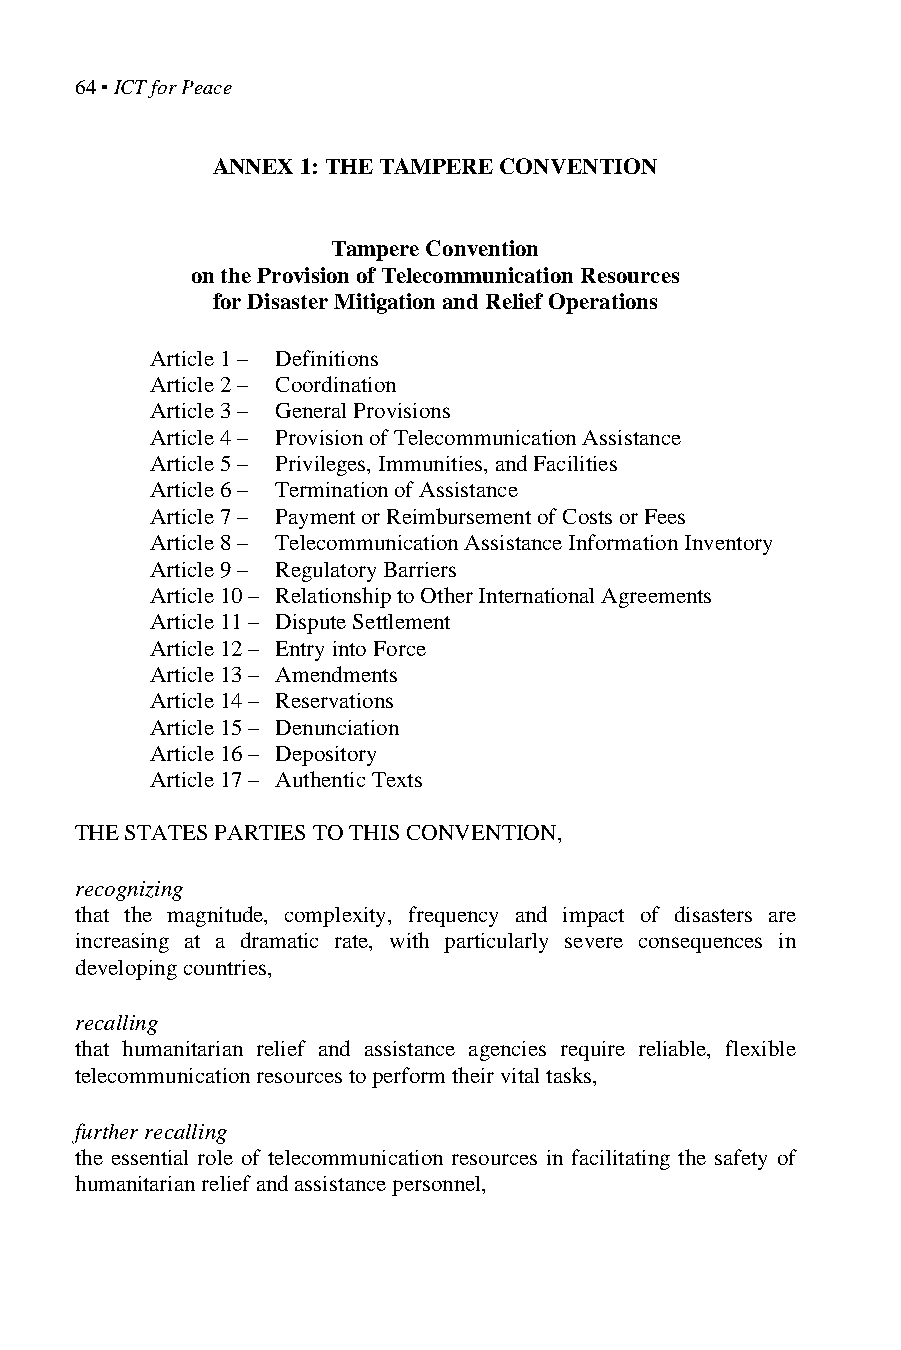
64 ▪ ICT for Peace
 ANNEX 1: THE TAMPERE CONVENTION
 Tampere Convention
 on the Provision of Telecommunication Resources
 for Disaster Mitigation and Relief Operations
 Article 1 – Definitions
 Article 2 – Coordination
 Article 3 – General Provisions
 Article 4 – Provision of Telecommunication Assistance
 Article 5 – Privileges, Immunities, and Facilities
 Article 6 – Termination of Assistance
 Article 7 – Payment or Reimbursement of Costs or Fees
 Article 8 – Telecommunication Assistance Information Inventory
 Article 9 – Regulatory Barriers
 Article 10 – Relationship to Other International Agreements
 Article 11 – Dispute Settlement
 Article 12 – Entry into Force
 Article 13 – Amendments
 Article 14 – Reservations
 Article 15 – Denunciation
 Article 16 – Depository
 Article 17 – Authentic Texts
 THE STATES PARTIES TO THIS CONVENTION,
 recognizing
 that the magnitude, complexity, frequency and impact of disasters are
 increasing at a dramatic rate, with particularly severe consequences in
 developing countries,
 recalling
 that humanitarian relief and assistance agencies require reliable, flexible
 telecommunication resources to perform their vital tasks,
 further recalling
 the essential role of telecommunication resources in facilitating the safety of
 humanitarian relief and assistance personnel,